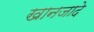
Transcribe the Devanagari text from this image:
खानजादे